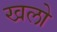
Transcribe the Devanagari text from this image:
खलो